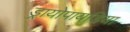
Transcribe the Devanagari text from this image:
ड्रायोपायडिया